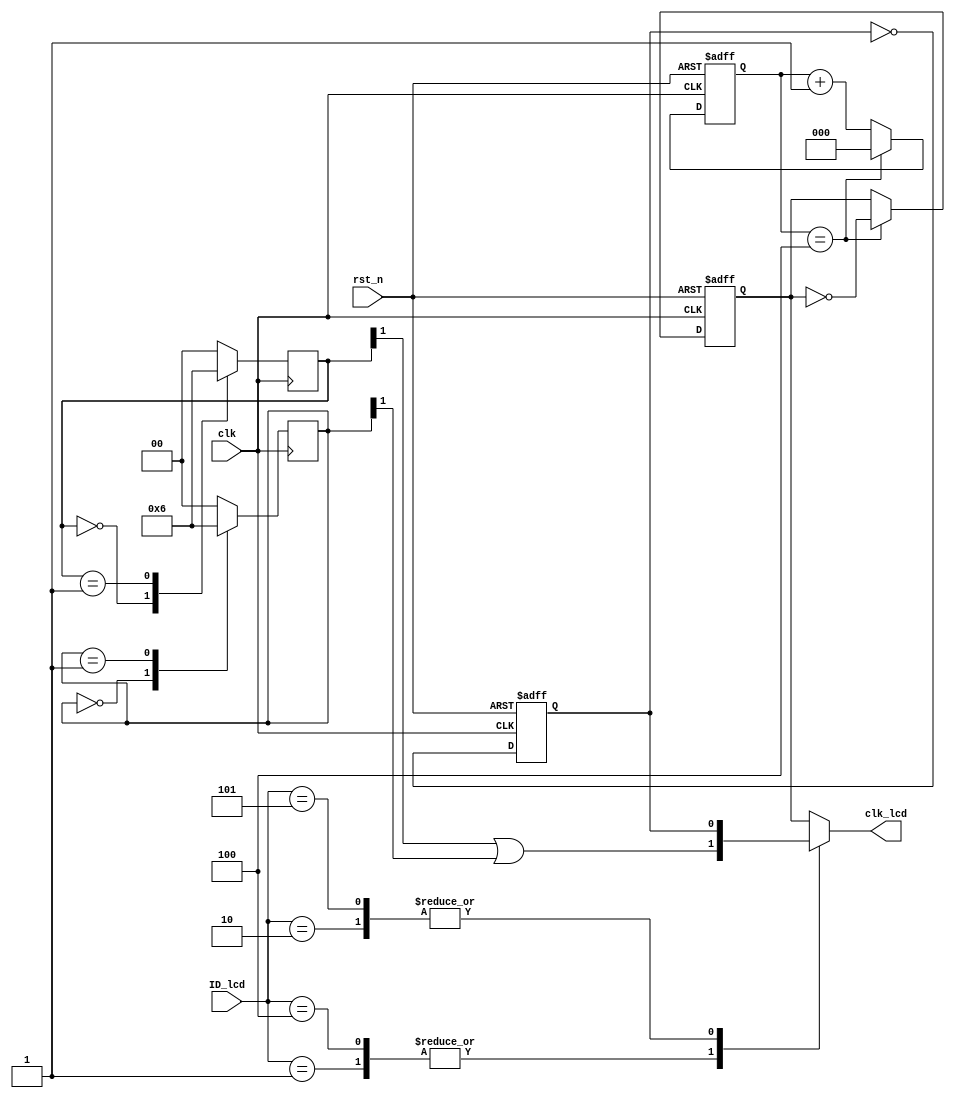
//****************************************Copyright (c)***********************************//
//www.openedv.com
//http://openedv.taobao.com 
//""FPGA & STM32
//
//Copyright(C)  2018-2028
//All rights reserved                               
//----------------------------------------------------------------------------------------
// File name:           clk_div
// Last modified Date:  2018/11/2 11:12:36
// Last Version:        V1.0
// Descriptions:        
//----------------------------------------------------------------------------------------
// Created by:          
// Created date:        2018/11/1 8:41:06
// Version:             V1.0
// Descriptions:        The original version
//
//----------------------------------------------------------------------------------------
// Modified by:		    
// Modified date:	    2018/11/2 11:12:36
// Version:			    V1.1
// Descriptions:	    
//
//----------------------------------------------------------------------------------------
//****************************************************************************************//

module clk_div(
    input                 clk    ,
    input                 rst_n  ,
    input  [15:0]         ID_lcd , //LCDID
    output reg            clk_lcd  //LCD

);

//parameter define
parameter  ID_4342 =  0;
parameter  ID_7084 =  1;
parameter  ID_7016 =  2;
parameter  ID_1018 =  5;
parameter  ID_4384 =  4;

//wire define 
wire  clk_33m;

//reg define 
reg  [1:0]  state_33m_0;
reg  [1:0]  state_33m_1;
reg  [2:0]  cnt_10m;
reg         clk_50m;
reg         clk_10m;

//*****************************************************
//**                    main code
//*****************************************************

//50m hz
always @ (posedge clk or negedge rst_n) begin
    if(!rst_n)
        clk_50m <= 1'b0;
    else 
        clk_50m <= ~ clk_50m ;
end 

//33.3m hz
always @ (posedge clk ) begin 
    case (state_33m_0)
        2'b00 : state_33m_0 <= 2'b01;
        2'b01 : state_33m_0 <= 2'b10;
        2'b10 : state_33m_0 <= 2'b00;
    default   : state_33m_0 <= 2'b00;
    endcase
end 

always @ (negedge clk ) begin 
    case (state_33m_1)
        2'b00 : state_33m_1 <= 2'b01;
        2'b01 : state_33m_1 <= 2'b10;
        2'b10 : state_33m_1 <= 2'b00;
    default   : state_33m_1 <= 2'b00;
    endcase
end 

assign clk_33m = state_33m_0[1] | state_33m_1[1];

//10m hz
always @ (posedge clk or negedge rst_n) begin
    if(!rst_n)
        cnt_10m  <= 3'd0;
    else if(cnt_10m == 3'd4)
        cnt_10m <= 3'd0;
    else 
        cnt_10m <= cnt_10m + 1'b1;
end 

always @ (posedge clk or negedge rst_n) begin
    if(!rst_n)
        clk_10m <= 1'b0;
    else if(cnt_10m == 3'd4)
        clk_10m <= ~ clk_10m;
    else
        clk_10m <= clk_10m;
end 
            
//
always @ ( * ) begin
    case(ID_lcd)
        ID_4342: clk_lcd = clk_10m;
        ID_7084: clk_lcd = clk_33m;
        ID_4384: clk_lcd = clk_33m;
        ID_7016: clk_lcd = clk_50m;
        ID_1018: clk_lcd = clk_50m;
    default : clk_lcd = clk_10m;
    endcase
end 

endmodule